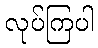
လုပ်ကြပါ